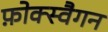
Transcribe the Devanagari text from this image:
फ़ोक्स्वैगन